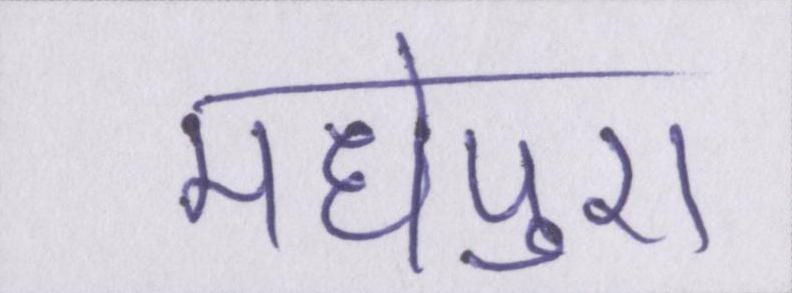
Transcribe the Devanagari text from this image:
मधेपुरा